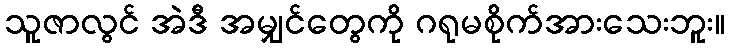
သူဇာလွင် အဲဒီ အမျှင်တွေကို ဂရုမစိုက်အားသေးဘူး။